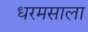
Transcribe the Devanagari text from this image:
धरमसाला